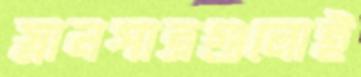
স্নানপাত্রগুলোই